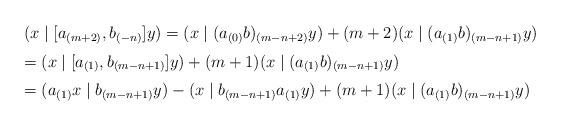
LaTeX: \begin{align*}\begin{array}{l} (x \mid [a_{(m+2)},b_{(-n)}]y) = (x \mid (a_{(0)}b)_{(m-n+2)}y)+(m+2)(x \mid (a_{(1)}b)_{(m-n+1)}y) \medskip\\ = (x \mid [a_{(1)},b_{(m-n+1)}]y)+(m+1)(x \mid (a_{(1)}b)_{(m-n+1)}y) \medskip\\ = (a_{(1)}x \mid b_{(m-n+1)}y) -(x\mid b_{(m-n+1)}a_{(1)}y)+(m+1)(x \mid (a_{(1)}b)_{(m-n+1)}y)\end{array}\end{align*}